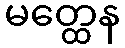
မတ္ထေန